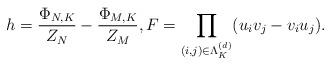
LaTeX: \begin{align*}h & = \frac{\Phi_{N,K}}{Z_N} - \frac{\Phi_{M,K}}{Z_M}, F = \prod _{(i,j) \in \Lambda_K^{(d)}} (u_i v_j - v _i u_j).\end{align*}